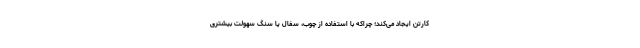
کارتن ایجاد می‌کند؛ چراکه با استفاده از چوب، سفال یا سنگ سهولت بیشتری